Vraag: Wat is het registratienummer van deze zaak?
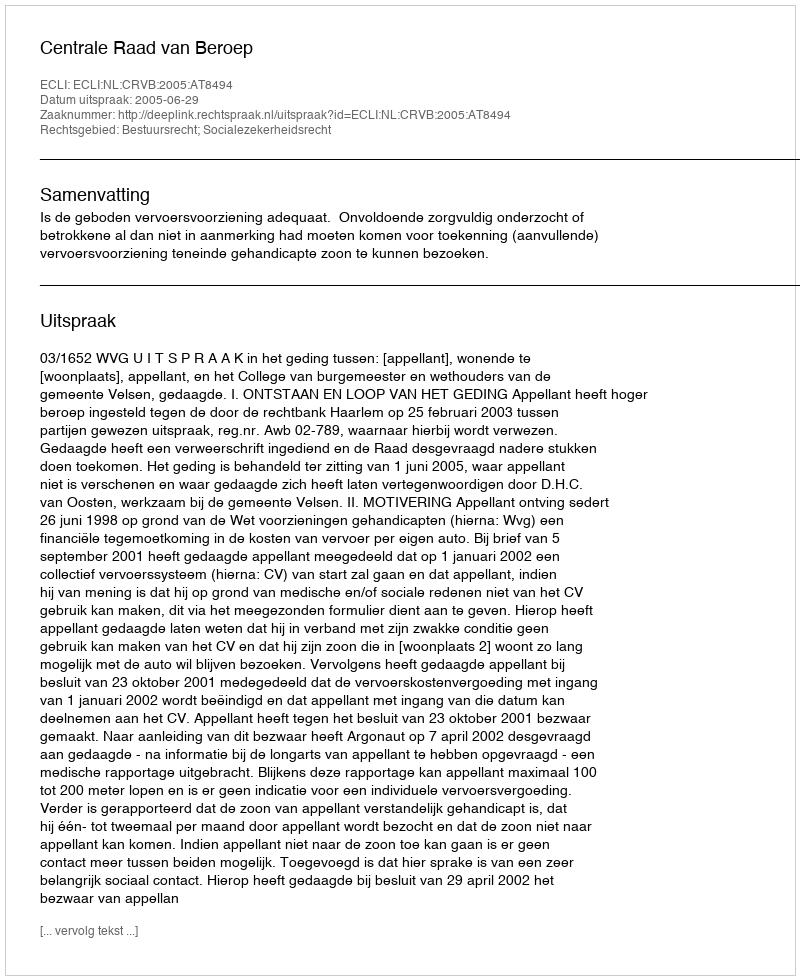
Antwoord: http://deeplink.rechtspraak.nl/uitspraak?id=ECLI:NL:CRVB:2005:AT8494